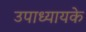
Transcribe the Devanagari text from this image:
उपाध्यायके